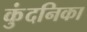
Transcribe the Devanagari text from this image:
कुंदनिका